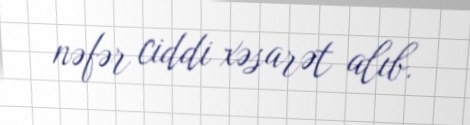
nəfər ciddi xəsarət alıb.